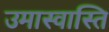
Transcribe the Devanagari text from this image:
उमास्वास्ति